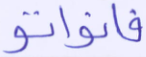
فانواتو